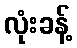
လုံးခန့်